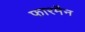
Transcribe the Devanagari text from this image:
फारमैन